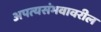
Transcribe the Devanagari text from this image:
अपत्यसंभवावरील